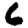
Digit: 6